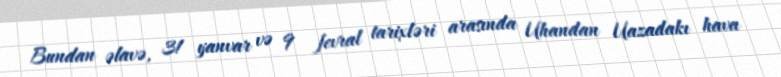
Bundan əlavə, 31 yanvar və 9 fevral tarixləri arasında Uhandan Uazadakı hava